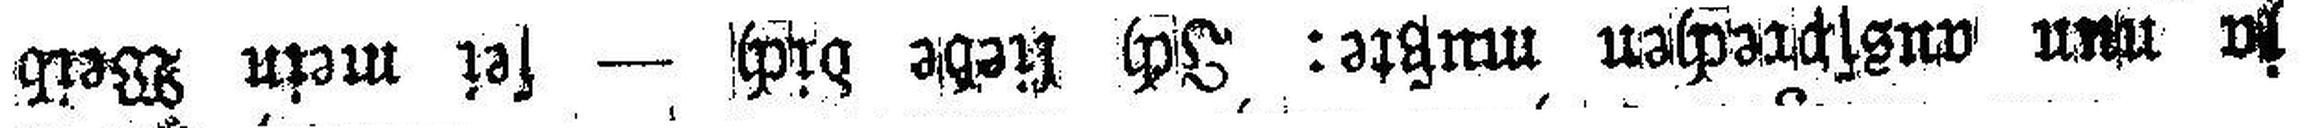
ja nun aussprechen mußte: Ich liebe dich — sei mein Weib